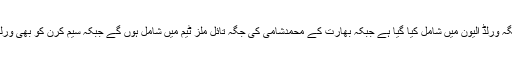
ادھر سیم بلنگز کو این مورگن کی جگہ ورلڈ الیون میں شامل کیا گیا ہے جبکہ بھارت کے محمدشامی کی جگہ تائل ملز ٹیم میں شامل ہوں گے جبکہ سیم کرن کو بھی ورلڈالیون کی ٹیم میں شامل کیا گیا ہے ۔